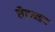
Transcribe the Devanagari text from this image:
सैटान्डर